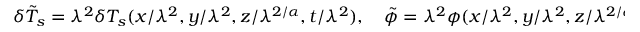
\begin{array} { r } { \delta \tilde { T } _ { s } = \lambda ^ { 2 } \delta T _ { s } ( x / \lambda ^ { 2 } , y / \lambda ^ { 2 } , z / \lambda ^ { 2 / \alpha } , t / \lambda ^ { 2 } ) , \quad \tilde { \phi } = \lambda ^ { 2 } \phi ( x / \lambda ^ { 2 } , y / \lambda ^ { 2 } , z / \lambda ^ { 2 / \alpha } , t / \lambda ^ { 2 } ) . } \end{array}